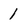
Character: 1